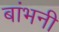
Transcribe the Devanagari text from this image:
बांभनी